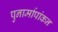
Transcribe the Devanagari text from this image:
पुनार्मापांकन